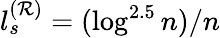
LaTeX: l_{s}^{(\mathcal{R})}=(\log^{2.5}n)/n